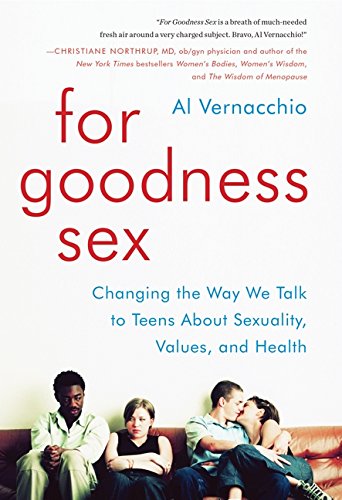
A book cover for For Goodness Sex: Changing the Way We Talk to Teens About Sexuality, Values, and Health; Al Vernacchio; Medical Books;